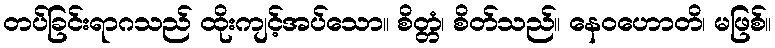
တပ်ခြင်းရာဂသည် ထိုးကျင့်အပ်သော။ စိတ္တံ၊ စိတ်သည်။ နေဝဟောတိ၊ မဖြစ်။